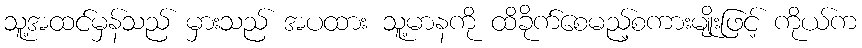
သူ့အထင်မှန်သည် မှားသည် အပထား သူ့မာနကို ထိခိုက်စေမည့်စကားမျိုးဖြင့် ကိုယ်က